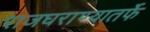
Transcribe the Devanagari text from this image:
राजघराण्यातर्फे